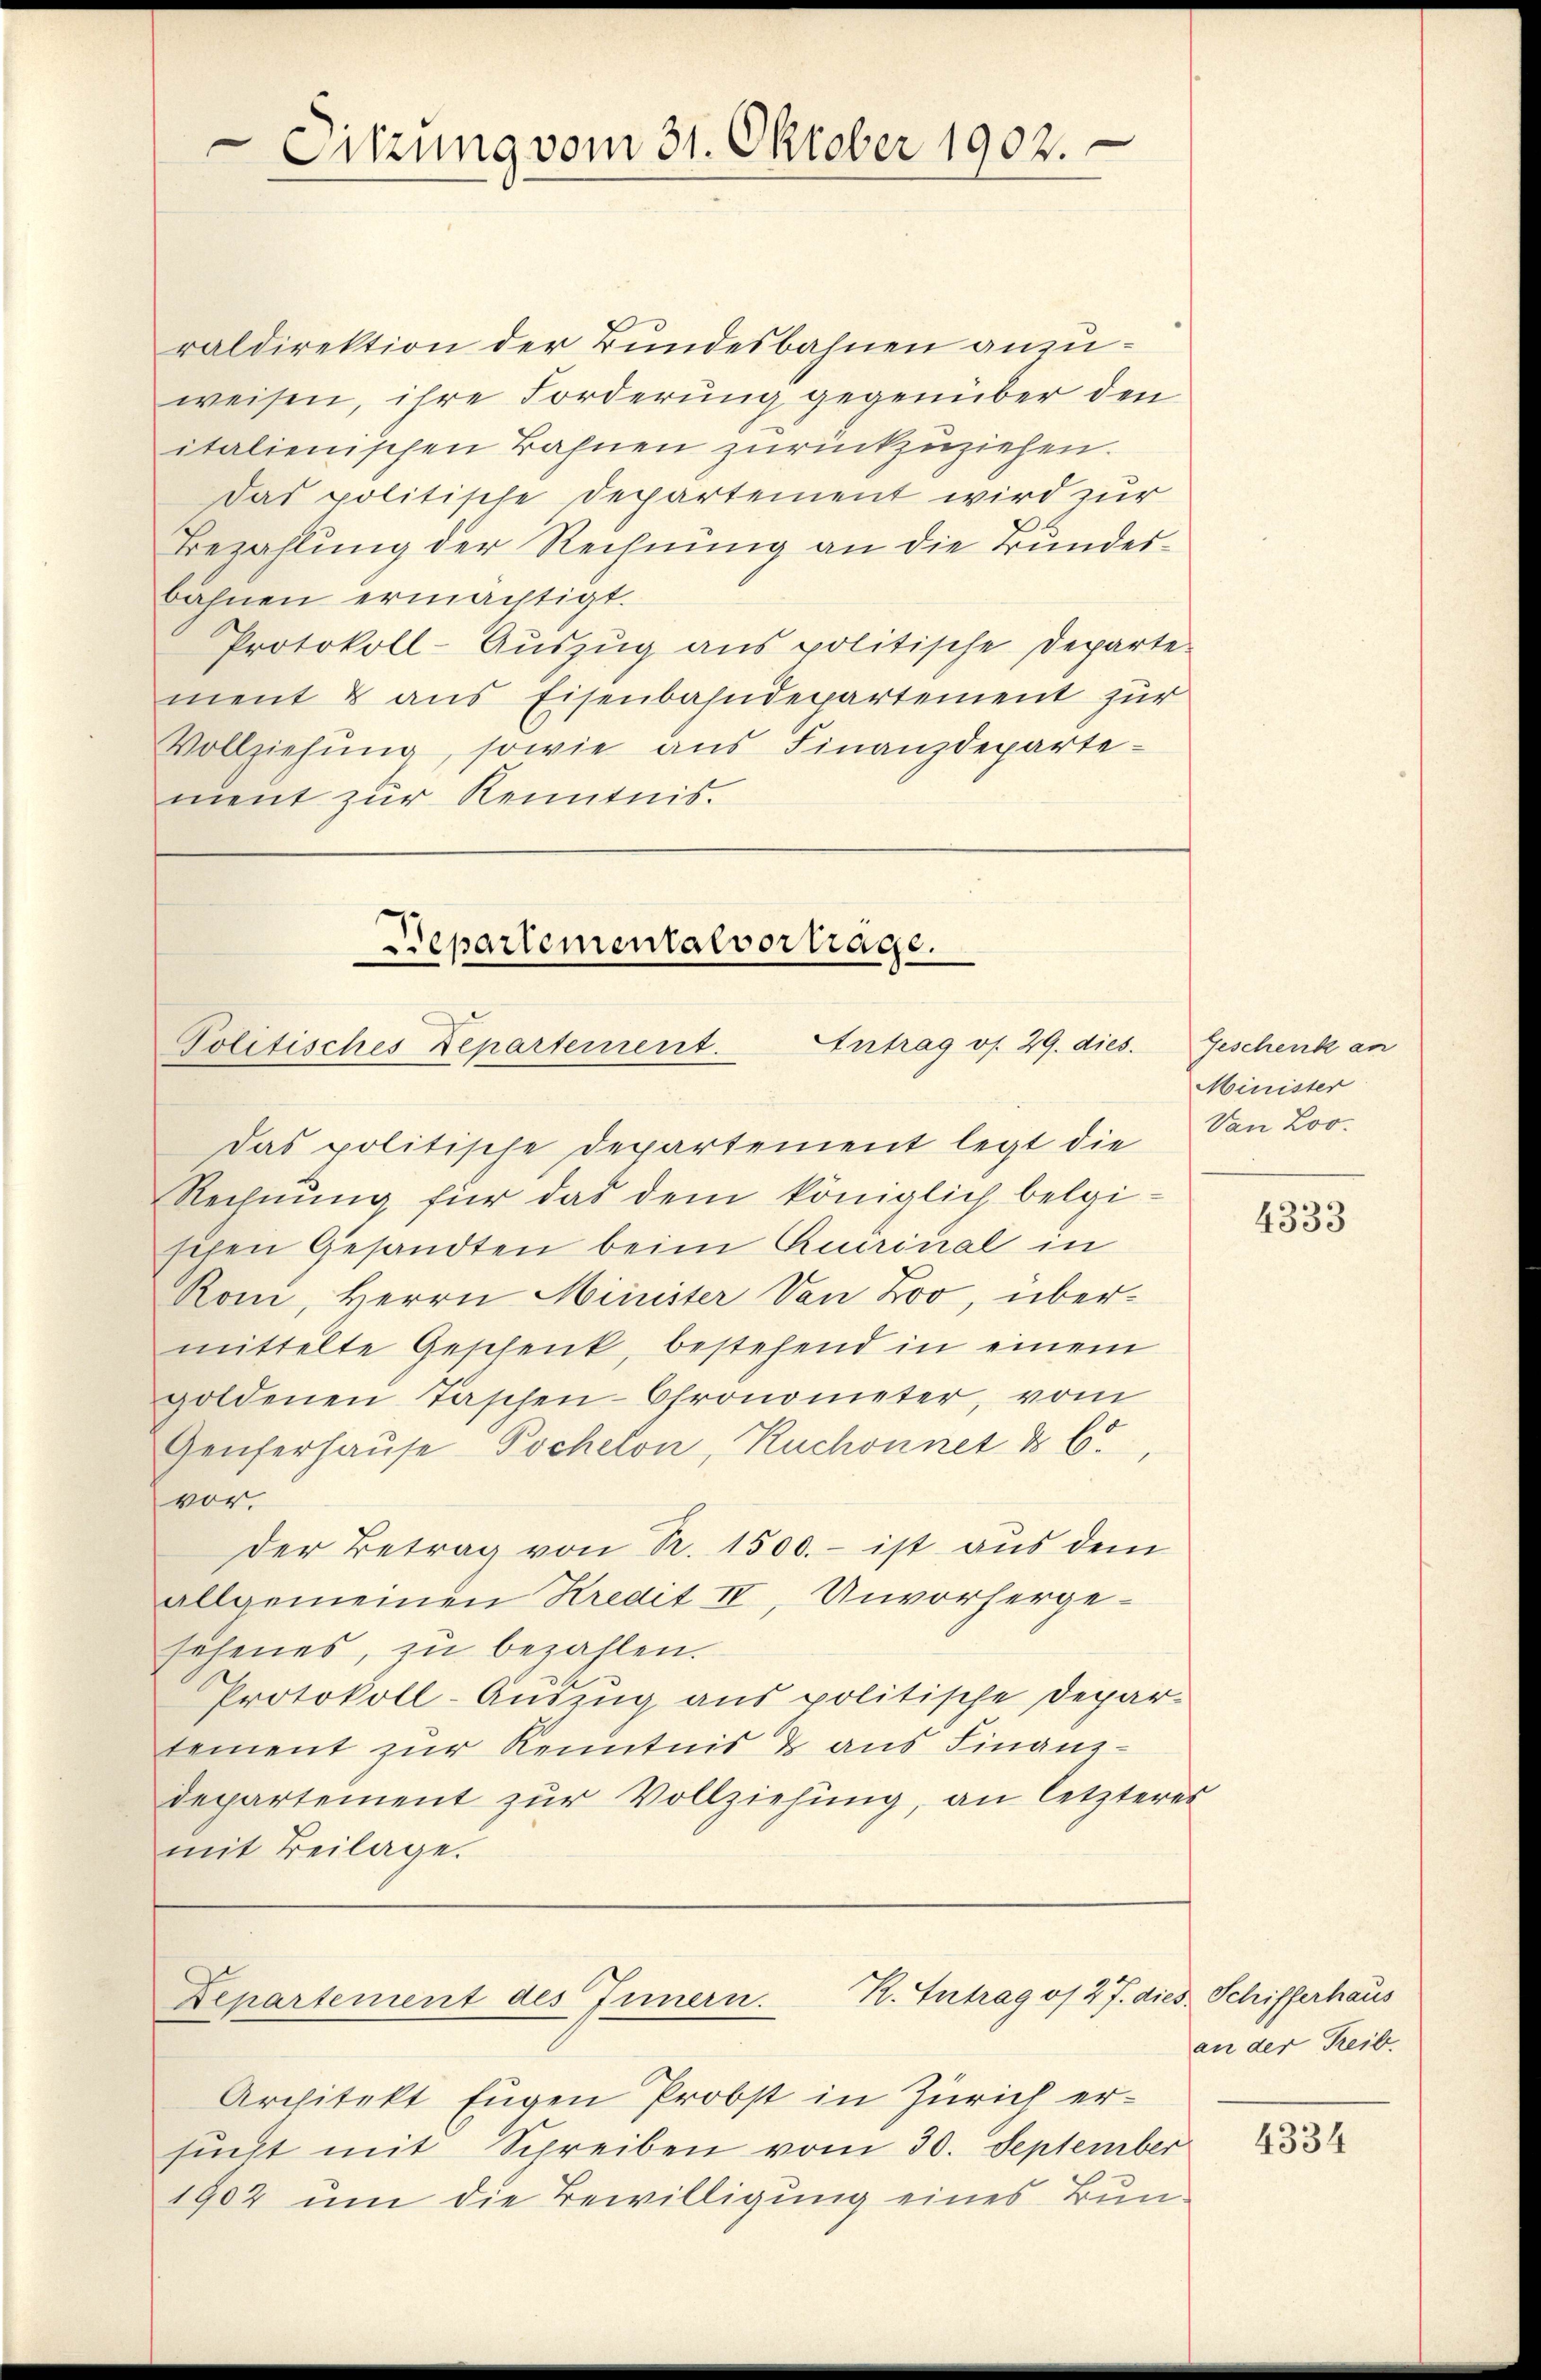
Sitzung vom 31. Oktober 1902.

raldirektion der Bundesbahnen anzuweisen, ihre Forderung gegenüber den
italienischen Bahnen zurückzuziehen.
Das politische Departement wird zur
Bezahlung der Rechnung an die Bundesbähnen ermächtigt.
Protokoll-Auszug aus politische Departe
ment & aus Eisenbahndepartement zur
Vollziehung, sowie aus Finanzdepartement zur Kenntnis.

Bepartementalvortrage.
Antrag os. 29. dies
Politisches Departement.

das politische Departement legt die von Loo-
Rechnung für das dem königlich belgischen Gesandten beim Ruerinal in
Rom, Herrn Minister Von Zoo, übermittelte Geschenk, bestehend in einem
goldenen Taschen- Chronometer, vom
Genferhause Pochelon, Ruchonnet & 6.
vor.
Der Betrag von R. 1500.- ist aus dem
allgemeinen Kredit II, Unvorhergesehenes, zu bezahlen.
Protokoll-Auszug aus politische Depar-
tement zur Kenntnis & aus Finanz-
departement zur Vollziehung, an letzteres
mit Beilage.

K. Antrag of 2 J. dies. Schifferhaus
Departement des Innern.

Architekt Eugen Probst in Zürich ersucht mit Schreiben vom 30. September
1902 um die Bewilligung eines Bun¬

Geschenk an
Minister

4333

an der Reib.

4334